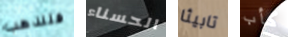
فلنذهب الحسناء تابيثا كأب